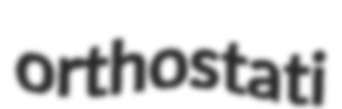
orthostati